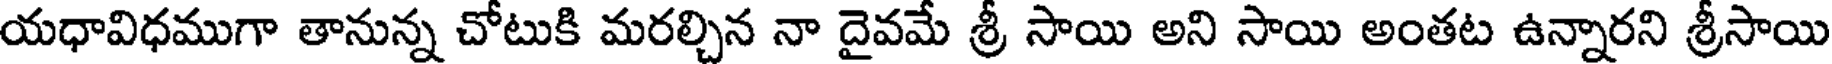
యధావిధముగా తానున్న చోటుకి మరల్చిన నా దైవమే శ్రీ సాయి అని సాయి అంతట ఉన్నారని శ్రీసాయి